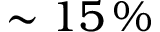
\sim 1 5 \, \%